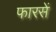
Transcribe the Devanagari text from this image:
फारसें